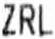
ZRL